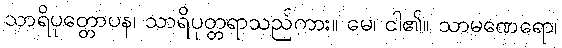
သာရိပုတ္တောပန၊ သာရိပုတ္တရာသည်ကား။ မေ၊ ငါ၏။ သာမဏေရော၊